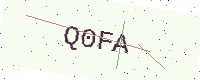
Text: Q0FA